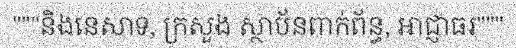
"""និងនេសាទ, ក្រសួង ស្ថាប័នពាក់ព័ន្ធ, ឤជ្ញាធរ"""